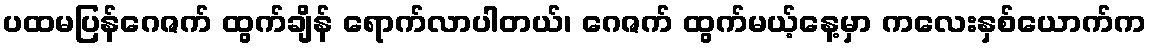
ပထမပြန်ဂေဇက် ထွက်ချိန် ရောက်လာပါတယ်၊ ဂေဇက် ထွက်မယ့်နေ့မှာ ကလေးနှစ်ယောက်က